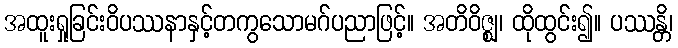
အထူးရှုခြင်းဝိပဿနာနှင့်တကွသောမဂ်ပညာဖြင့်။ အတိဝိဇ္ဈ၊ ထိုထွင်း၍။ ပဿန္တိ၊